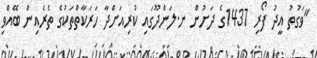
"ވަގުތު އީދު ފޯރި 1437ގެ ދަށުން ނ.ލަންދޫގައި ކުރިއަށްދާ ހަރަކާތްތަކުގެ ތެރެއިން ބޭއްވި